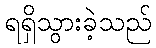
ရရှိသွားခဲ့သည်